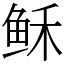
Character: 稣